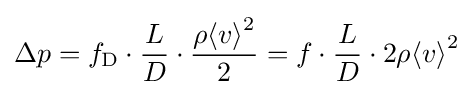
\Delta p=f_{\mathrm {D} }\cdot {\frac {L}{D}}\cdot {\frac {\rho {\langle v\rangle }^{2}}{2}}=f\cdot {\frac {L}{D}}\cdot {2\rho {\langle v\rangle }^{2}}